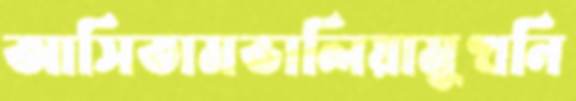
আসিতামভালিয়ামুখনি